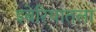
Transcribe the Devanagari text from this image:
इबेरियातला